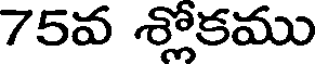
75వ శ్లోకము